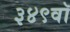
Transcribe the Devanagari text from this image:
३४९वॉ